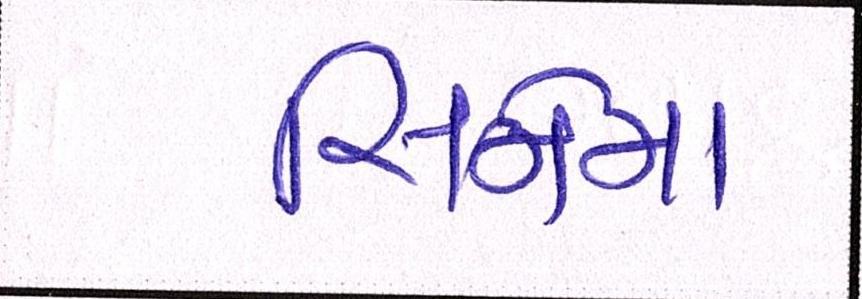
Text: સિનેમા